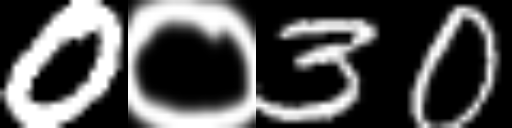
Text: 0०30